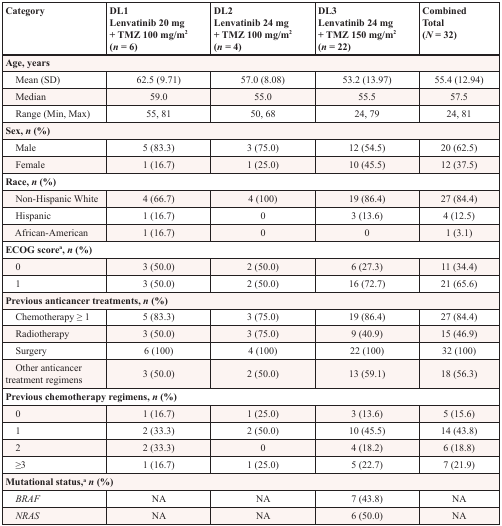
<table><thead><tr><td><b>Category</b></td><td><b>DL1Lenvatinib 20 mg + TMZ 100 mg/m<sup>2</sup>(<i>n</i> = 6)</b></td><td><b>DL2Lenvatinib 24 mg + TMZ 100 mg/m<sup>2</sup>(<i>n</i> = 4)</b></td><td><b>DL3Lenvatinib 24 mg + TMZ 150 mg/m<sup>2</sup>(<i>n</i> = 22)</b></td><td><b>CombinedTotal(<i>N</i> = 32)</b></td></tr></thead><tbody><tr><td colspan="5"><b>Age, years</b></td></tr><tr><td> Mean (SD)</td><td>62.5 (9.71)</td><td>57.0 (8.08)</td><td>53.2 (13.97)</td><td>55.4 (12.94)</td></tr><tr><td> Median</td><td>59.0</td><td>55.0</td><td>55.5</td><td>57.5</td></tr><tr><td> Range (Min, Max)</td><td>55, 81</td><td>50, 68</td><td>24, 79</td><td>24, 81</td></tr><tr><td colspan="5"><b>Sex, <i>n</i> (%)</b></td></tr><tr><td> Male</td><td>5 (83.3)</td><td>3 (75.0)</td><td>12 (54.5)</td><td>20 (62.5)</td></tr><tr><td> Female</td><td>1 (16.7)</td><td>1 (25.0)</td><td>10 (45.5)</td><td>12 (37.5)</td></tr><tr><td colspan="5"><b>Race, <i>n</i> (%)</b></td></tr><tr><td> Non-Hispanic White</td><td>4 (66.7)</td><td>4 (100)</td><td>19 (86.4)</td><td>27 (84.4)</td></tr><tr><td> Hispanic</td><td>1 (16.7)</td><td>0</td><td>3 (13.6)</td><td>4 (12.5)</td></tr><tr><td> African-American</td><td>1 (16.7)</td><td>0</td><td>0</td><td>1 (3.1)</td></tr><tr><td colspan="5"><b>ECOG score<sup>a</sup>, <i>n</i> (%)</b></td></tr><tr><td> 0</td><td>3 (50.0)</td><td>2 (50.0)</td><td>6 (27.3)</td><td>11 (34.4)</td></tr><tr><td> 1</td><td>3 (50.0)</td><td>2 (50.0)</td><td>16 (72.7)</td><td>21 (65.6)</td></tr><tr><td colspan="5"><b>Previous anticancer treatments, <i>n</i> (%)</b></td></tr><tr><td> Chemotherapy ≥ 1</td><td>5 (83.3)</td><td>3 (75.0)</td><td>19 (86.4)</td><td>27 (84.4)</td></tr><tr><td> Radiotherapy</td><td>3 (50.0)</td><td>3 (75.0)</td><td>9 (40.9)</td><td>15 (46.9)</td></tr><tr><td> Surgery</td><td>6 (100)</td><td>4 (100)</td><td>22 (100)</td><td>32 (100)</td></tr><tr><td> Other anticancer treatment regimens</td><td>3 (50.0)</td><td>2 (50.0)</td><td>13 (59.1)</td><td>18 (56.3)</td></tr><tr><td colspan="5"><b>Previous chemotherapy regimens, <i>n</i> (%)</b></td></tr><tr><td> 0</td><td>1 (16.7)</td><td>1 (25.0)</td><td>3 (13.6)</td><td>5 (15.6)</td></tr><tr><td> 1</td><td>2 (33.3)</td><td>2 (50.0)</td><td>10 (45.5)</td><td>14 (43.8)</td></tr><tr><td> 2</td><td>2 (33.3)</td><td>0</td><td>4 (18.2)</td><td>6 (18.8)</td></tr><tr><td> ≥3</td><td>1 (16.7)</td><td>1 (25.0)</td><td>5 (22.7)</td><td>7 (21.9)</td></tr><tr><td colspan="5"><b>Mutational status,<sup>a</sup><i>n</i> (%)</b></td></tr><tr><td> <i>BRAF</i></td><td>NA</td><td>NA</td><td>7 (43.8)</td><td>NA</td></tr><tr><td> <i>NRAS</i></td><td>NA</td><td>NA</td><td>6 (50.0)</td><td>NA</td></tr></tbody></table>